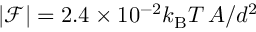
| \mathcal { F } | = 2 . 4 \times 1 0 ^ { - 2 } k _ { \mathrm { B } } T \, A / d ^ { 2 }